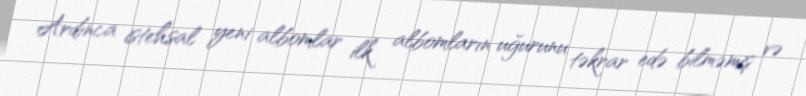
Ardınca istehsal yeni albomlar ilk albomların uğurunu təkrar edə bilməmiş və